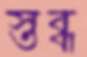
স্তব্ধ